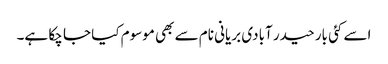
اسے کئی بار حیدر آبادی بریانی نام سے بھی موسوم کیا جا چکا ہے۔